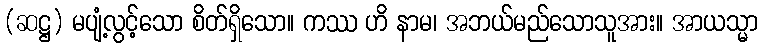
(ဆဋ္ဌ) မပျံ့လွင့်သော စိတ်ရှိသော။ ကဿ ဟိ နာမ၊ အဘယ်မည်သောသူအား။ အာယသ္မာ